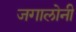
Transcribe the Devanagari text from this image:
जगालोनी